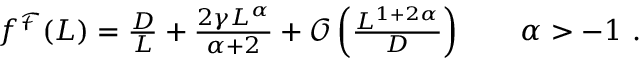
\begin{array} { r } { f ^ { \mathcal { F } } ( L ) = \frac { D } { L } + \frac { 2 \gamma L ^ { \alpha } } { \alpha + 2 } + \mathcal { O } \left( \frac { L ^ { 1 + 2 \alpha } } { D } \right) \qquad \alpha > - 1 \ . } \end{array}